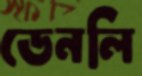
ডেনলি